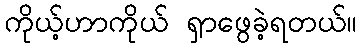
ကိုယ့်ဟာကိုယ် ရှာဖွေခဲ့ရတယ်။